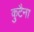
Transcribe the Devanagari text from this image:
कुटैना